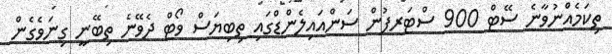
ތިކަމެއްނުވާނެ ސޭޓް 900 ސްޓަރފުން ސަންއައިލެންޑްގައި ތިބިޔަސް ވޯޓް ދެވޭނެ ތިބޭނީ ގިނަވެގެން